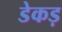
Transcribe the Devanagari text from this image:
डेकड़